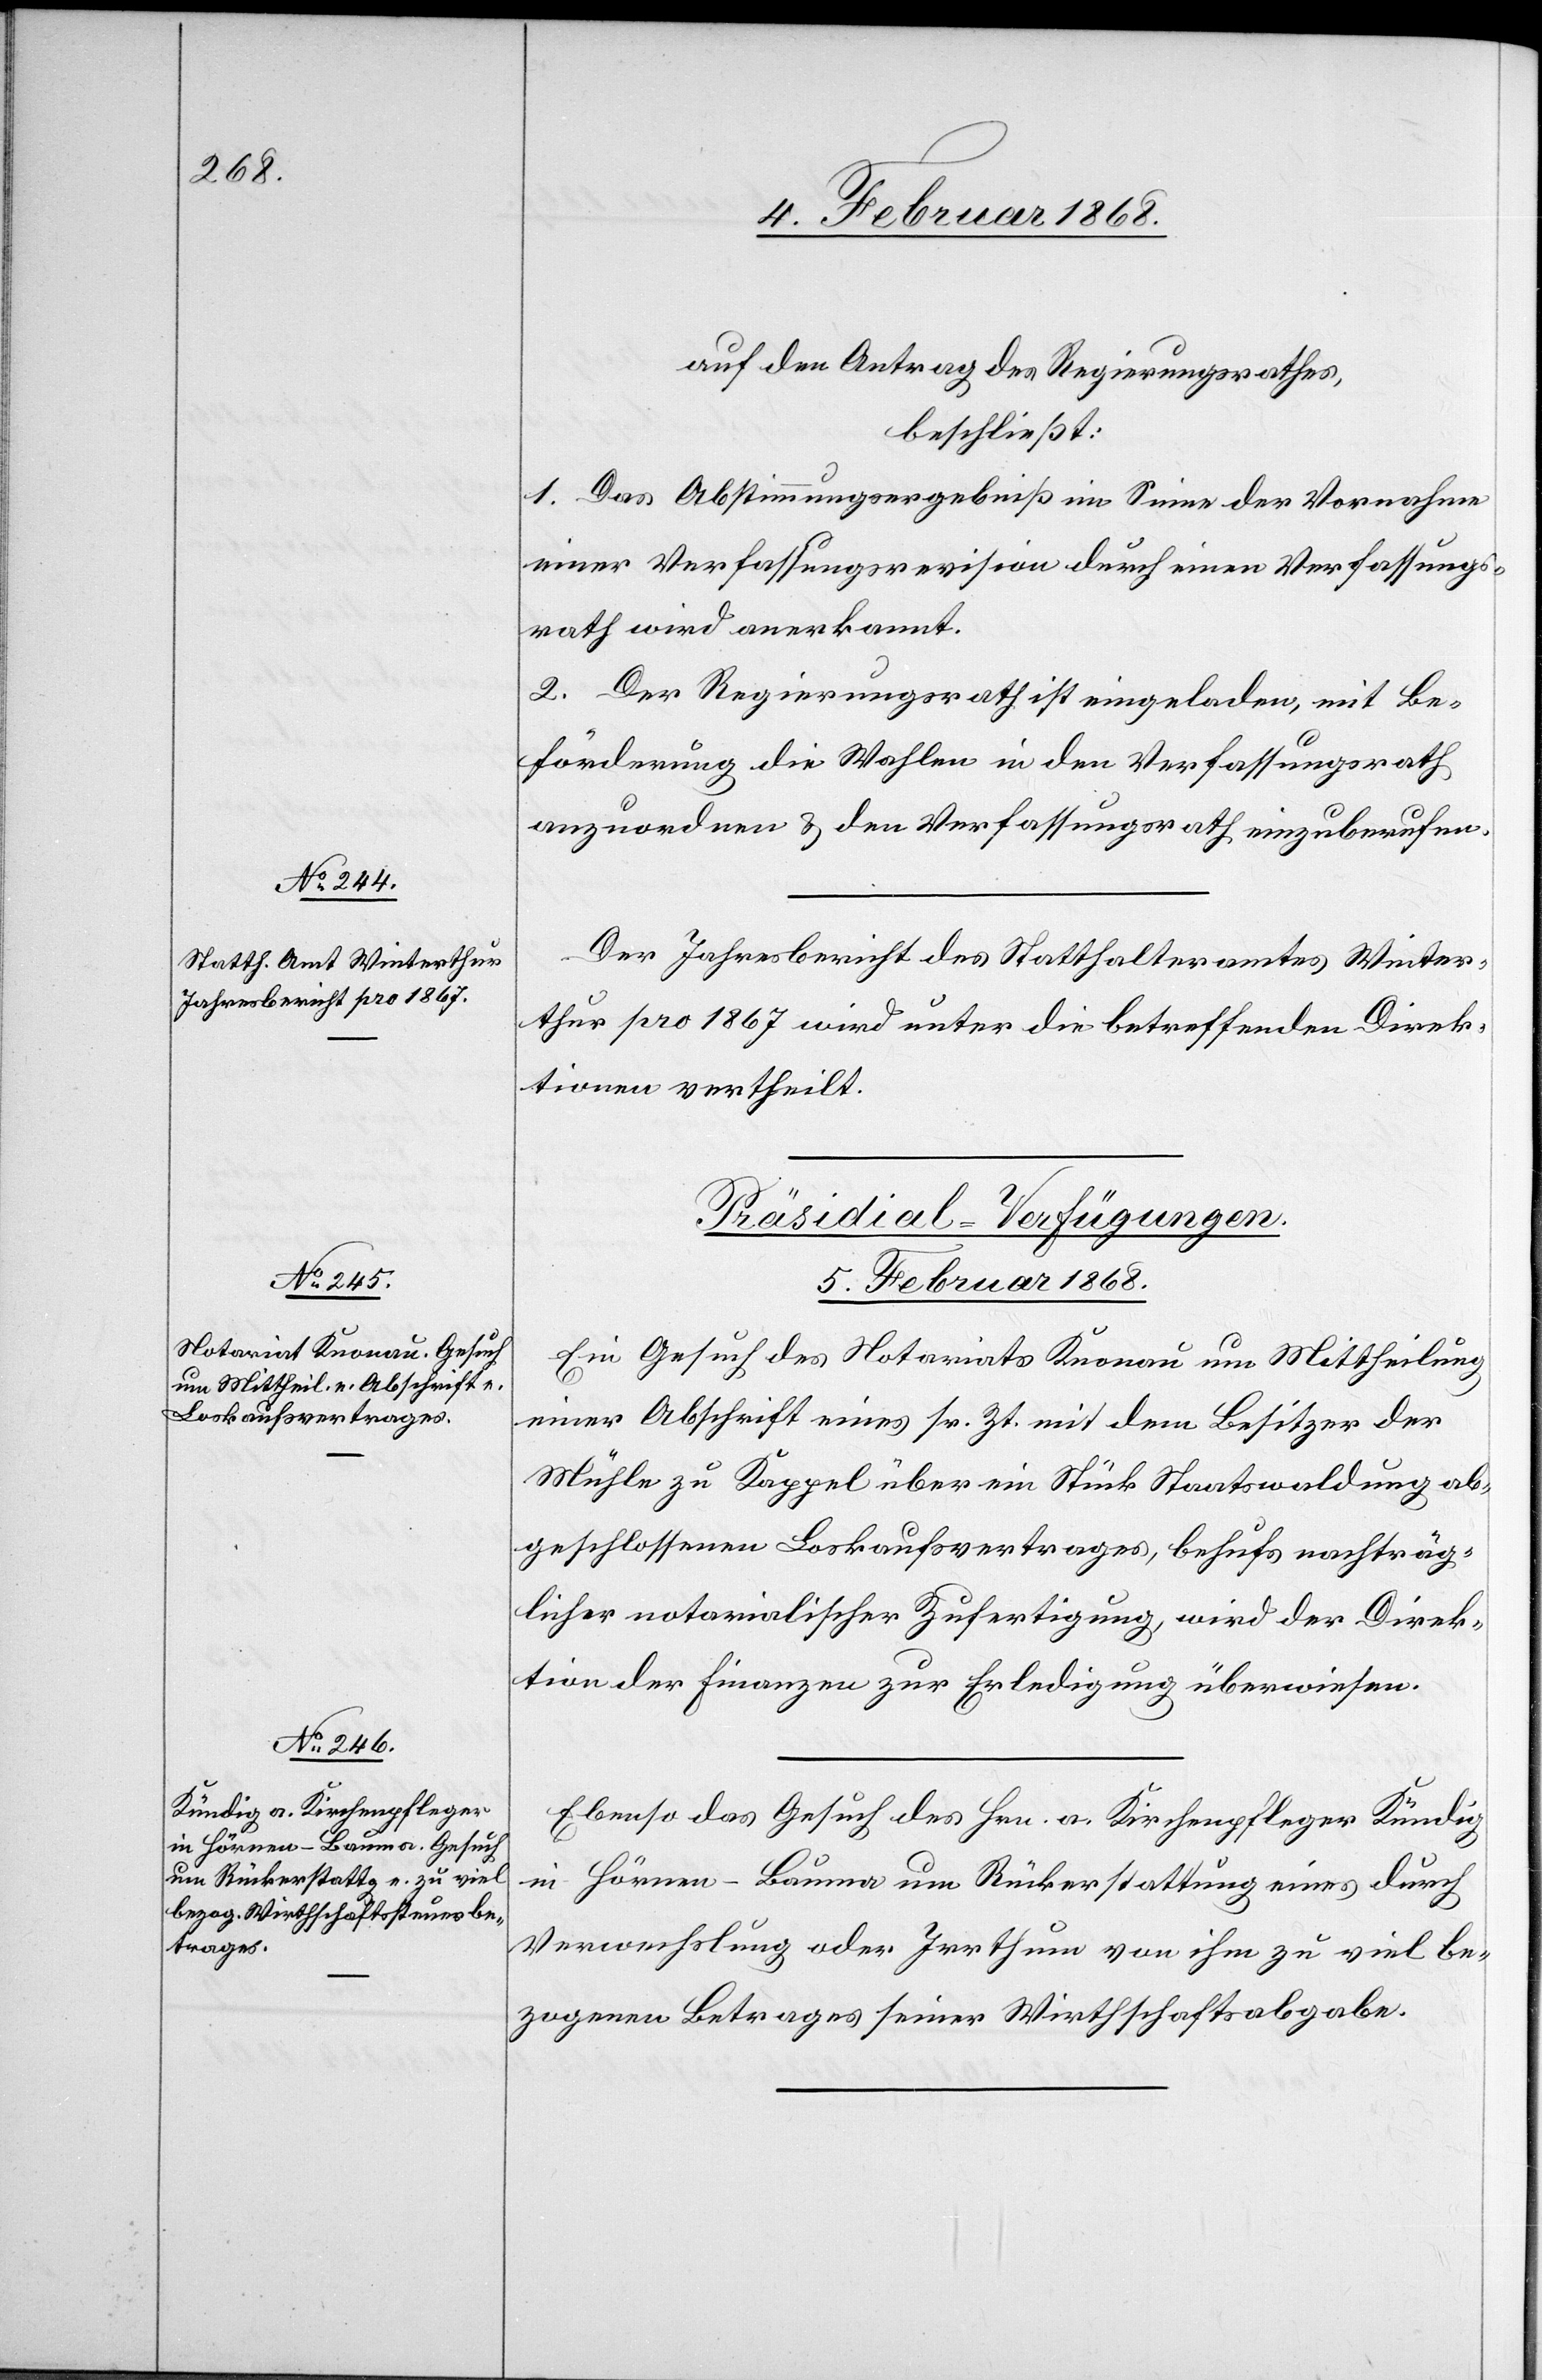
auf den Antrag des Regierungsrathes,
beschließt:
1. Das Abstimmungsergebniß im Sinne der Vornahme
einer Verfassungsrevision durch einen Verfassungs¬
rath wird anerkannt.
2. Der Regierungsrath ist eingeladen, mit Be¬
förderung die Wahlen in den Verfassungsrath
anzuordnen & den Verfassungsrath einzuberufen.
Der Jahresbericht des Statthalteramtes Winter¬
thur pro 1867 wird unter die betreffenden Direk¬
tionen vertheilt.
[Präsidial-Verfügungen.
5. Februar 1868.]
Ein Gesuch des Notariats Knonau um Mittheilung
einer Abschrift eines sr. Zt. mit dem Besitzer der
Mühle zu Kappel über ein Stück Staatswaldung ab¬
geschlossenen Loskaufsvertrages, behufs nachträg¬
licher notarialischer Zufertigung, wird der Direk¬
tion der Finanzen zur Erledigung überwiesen.
Ebenso das Gesuch des Hrn. a. Kirchenpfleger Kündig
in Hörnen-Bauma um Rückerstattung eines durch
Verwechslung oder Irrthum von ihm zu viel be¬
zogenen Betrages seiner Wirthschaftsabgabe.